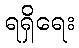
ရရှိရေး